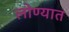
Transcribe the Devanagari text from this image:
लोण्यात